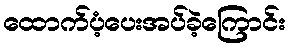
ထောက်ပံ့ပေးအပ်ခဲ့ကြောင်း